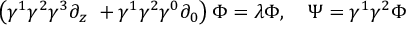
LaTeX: \left( \gamma ^ { 1 } \gamma ^ { 2 } \gamma ^ { 3 } \partial _ { z } \ + \gamma ^ { 1 } \gamma ^ { 2 } \gamma ^ { 0 } \partial _ { 0 } \right) \Phi = \lambda \Phi , \quad \Psi = \gamma ^ { 1 } \gamma ^ { 2 } \Phi